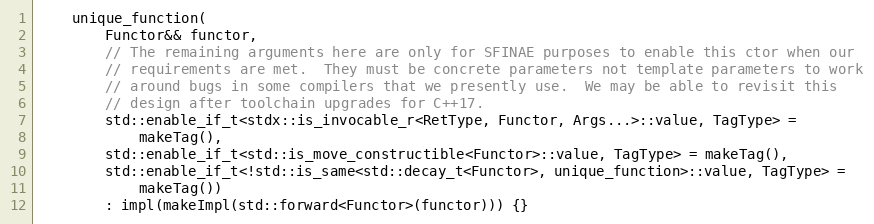
Language: C
    unique_function(
        Functor&& functor,
        // The remaining arguments here are only for SFINAE purposes to enable this ctor when our
        // requirements are met.  They must be concrete parameters not template parameters to work
        // around bugs in some compilers that we presently use.  We may be able to revisit this
        // design after toolchain upgrades for C++17.
        std::enable_if_t<stdx::is_invocable_r<RetType, Functor, Args...>::value, TagType> =
            makeTag(),
        std::enable_if_t<std::is_move_constructible<Functor>::value, TagType> = makeTag(),
        std::enable_if_t<!std::is_same<std::decay_t<Functor>, unique_function>::value, TagType> =
            makeTag())
        : impl(makeImpl(std::forward<Functor>(functor))) {}